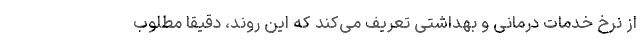
از نرخ خدمات درمانی و بهداشتی تعریف می‌کند که این روند، دقیقاً مطلوب